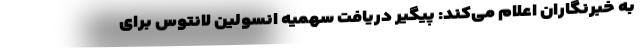
به خبرنگاران اعلام می‌کند: پیگیر دریافت سهمیه انسولین لانتوس برای